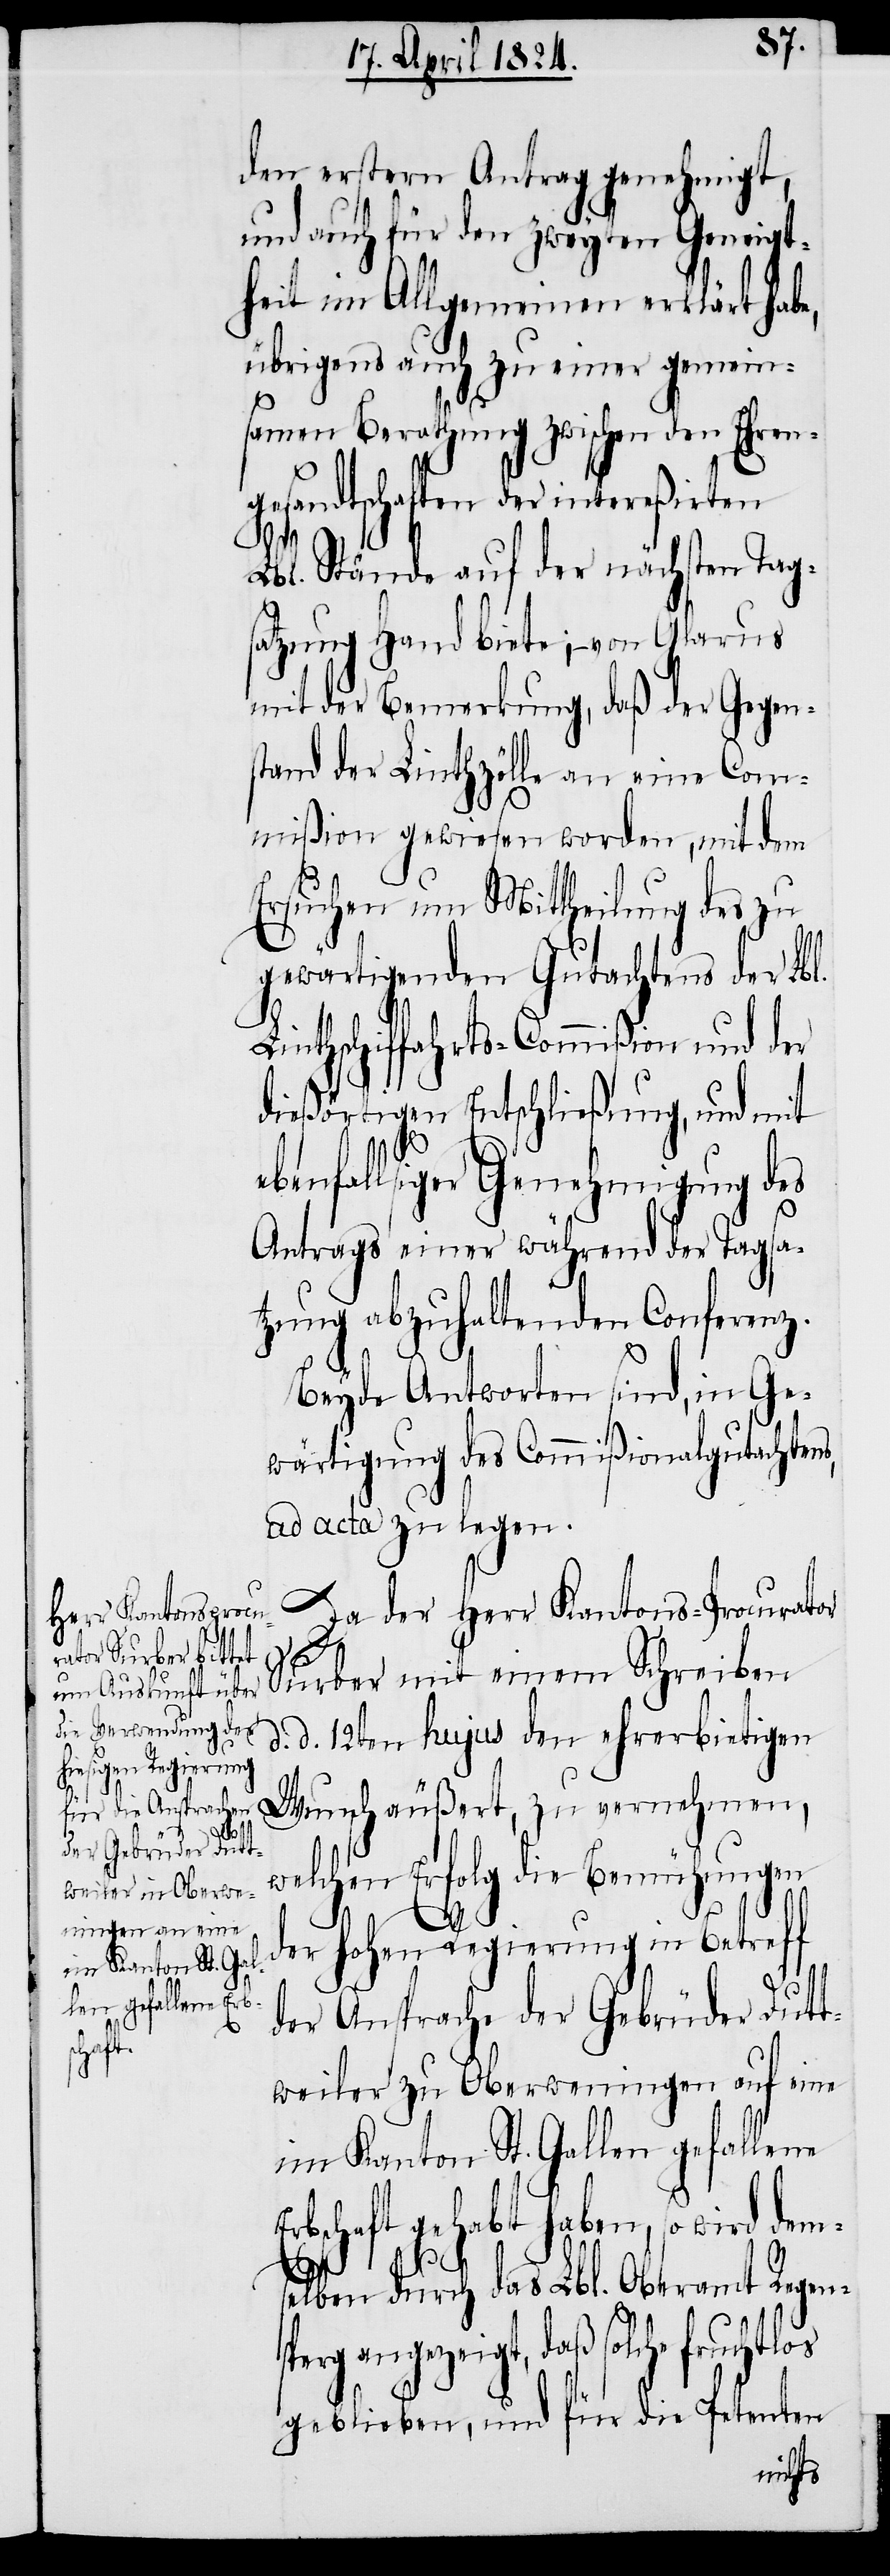
den ersten Antrag genehmigt,
und auch für den zweyten Geneigt¬
heit im Allgemeinen erklärt habe,
übrigens auch zu einer gemein¬
samen Berathung zwischen den Ehren¬
gesandtschaften der intereßirten
Lbl. Stände auf der nächsten Tag¬
satzung Hand biete; – von Glarus
mit der Bemerkung, daß der Gegen¬
stand der Linthzölle an eine Com¬
mißion gewiesen worden, mit dem
Ersuchen um Mittheilung des zu
gewärtigenden Gutachtens der Lbl.
Linthschiffahrts-Commißion und der
dießörtigen Entschließung, und mit
ebenfalliger Genehmigung des
Antrags einer während der Tagsa¬
tzung abzuhaltenden Conferenz.
Beyde Antworten sind, in Ge¬
wärtigung des Commißionalgutachten¬
ad acta zu legen.
s,
Da der Herr Kantons-Procurator
Surber mit einem Schreiben
d. d. 12ten hujus den ehrerbietigen
Wunsch äußert, zu vernehmen,
welchen Erfolg die Bemühungen
der hohen Regierung in Betreff
der Ansprache der Gebrüder Dutt¬
weiler zu Oberwenigen auf eine
im Kanton St. Gallen gefallene
Erbschaft gehabt haben, so wird dem¬
selben durch das Lbl. Oberamt Regen¬
sperg angezeigt, daß solche fruchtlos
geblieben, und für die Petenten